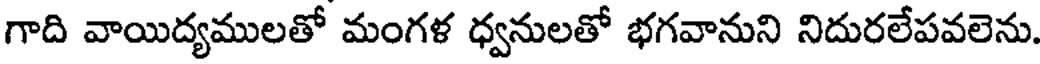
గాది వాయిద్యములతో మంగళ ధ్వనులతో భగవానుని నిదురలేపవలెను